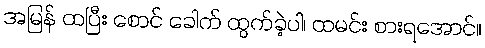
အမြန် ထပြီး စောင် ခေါက် ထွက်ခဲ့ပါ၊ ထမင်း စားရအောင်။